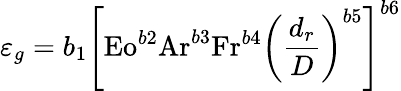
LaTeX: \varepsilon_{g}=b_{1}\left[{\mathrm{Eo}}^{b2}{\mathrm{Ar}}^{b3}{\mathrm{Fr}}^{b4}\left({\frac{d_{r}}{D}}\right)^{b5}\right]^{b6}